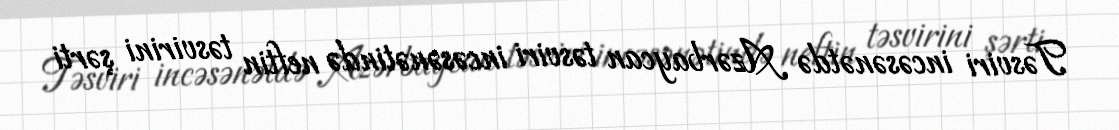
Təsviri incəsənətdə Azərbaycan təsviri incəsənətində neftin təsvirini şərti